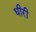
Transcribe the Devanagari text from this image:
धीरी